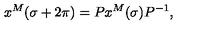
x ^ { M } ( \sigma + 2 \pi ) = P x ^ { M } ( \sigma ) P ^ { - 1 } ,